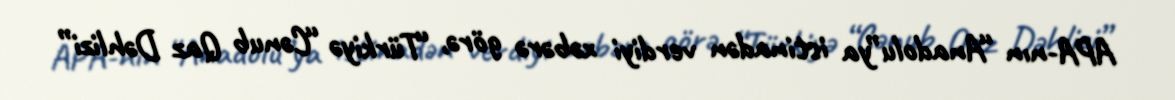
APA-nın “Anadolu”ya istinadən verdiyi xəbərə görə, “Türkiyə “Cənub Qaz Dəhlizi”